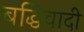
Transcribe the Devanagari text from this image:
बद्धिवादी